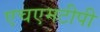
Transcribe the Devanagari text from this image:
एचएमटीपी